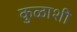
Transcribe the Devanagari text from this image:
कुळाशी